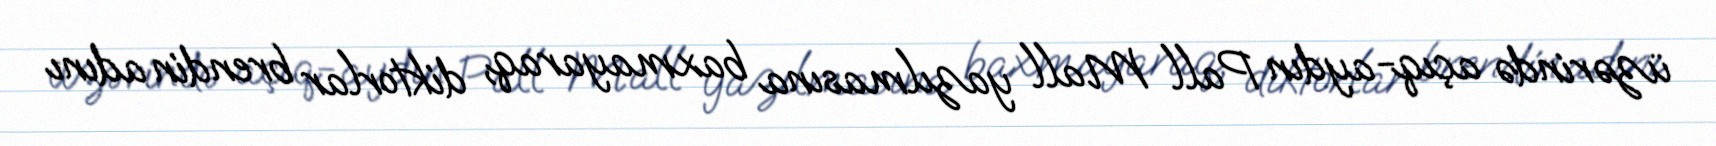
üzərində açıq-aydın Pall Mall yazılmasına baxmayaraq, diktorlar brendin adını